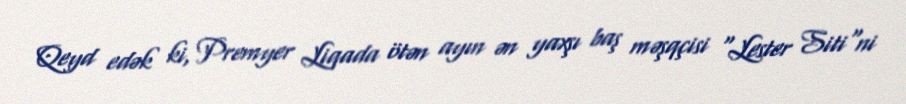
Qeyd edək ki, Premyer Liqada ötən ayın ən yaxşı baş məşqçisi "Lester Siti"ni